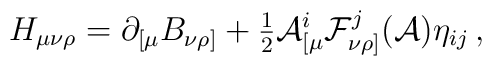
H_{\mu\nu\rho} = \partial_{[\mu}B_{\nu\rho]} +{\textstyle \frac{1}{2}}{\cal A}^{i}_{[\mu} {\cal F}^{j}_{\nu\rho]}({\cal A})\eta_{ij}\, ,